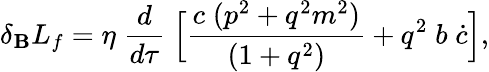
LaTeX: \delta_{\mathbf{B}}L_{f}=\eta\; \frac{{d}}{{d\tau}}\; \Bigl[\frac{{c\; (p^{2}+q^{2}m^{2})}}{{(1+q^{2})}}+q^{2}\; b\; \dot{{c}}\Bigr],